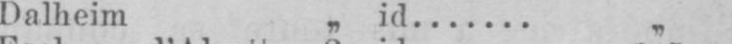
Dalheim „ id....... „